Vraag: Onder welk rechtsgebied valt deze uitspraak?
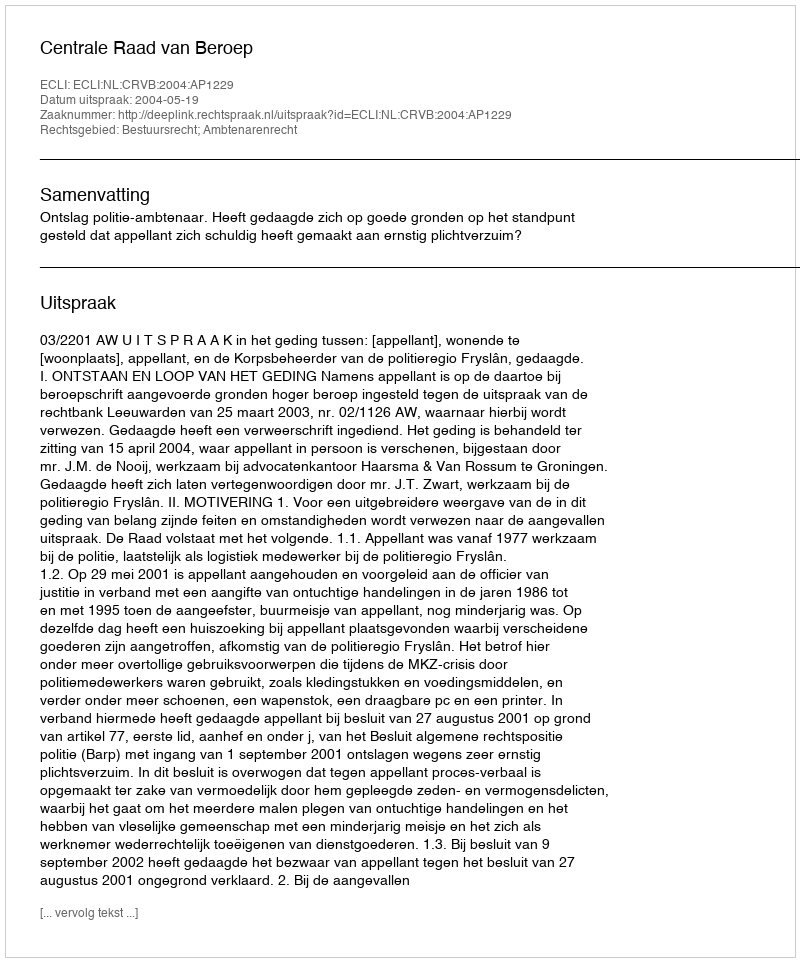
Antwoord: Bestuursrecht; Ambtenarenrecht